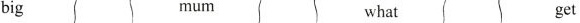
big mum what get